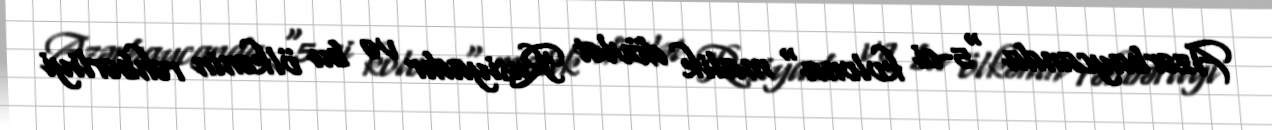
Azərbaycanda "5-ci kolona" malik dövlət Rusiyadır və bu ölkənin rəhbərliyi